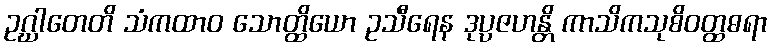
ဥဂ္ဃါတေတိ သံကထာဝ သောတ္ထိယော ဥသီရေန ဒုပ္ပဇဟန္တိ ကာသိကသုစိဝတ္ထဓရာ